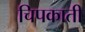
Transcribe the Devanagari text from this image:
चिपकाती